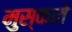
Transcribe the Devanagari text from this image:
मुस्काते